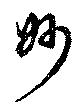
妙